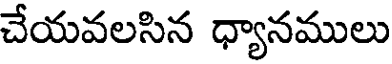
చేయవలసిన ధ్యానములు